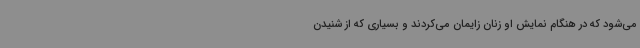
می‌شود که در هنگام نمایش او زنان زایمان می‌کردند و بسیاری که از شنیدن